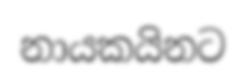
නායකයිනට